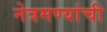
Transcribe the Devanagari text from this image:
नेत्रमण्यांची